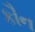
કૌન